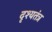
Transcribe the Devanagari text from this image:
दृश्यतंत्र